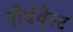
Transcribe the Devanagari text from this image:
नोर्थवेस्ट